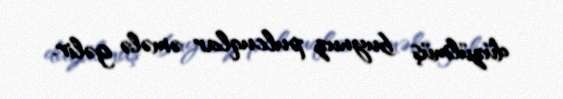
düzülmüş buynuz pulcuqlar əmələ gəlir.